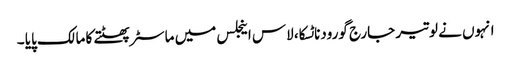
انہوں نے لوتیر جارج گورودناٹسکا، لاس اینجلس میں ماسٹر پھٹتے کا مالک پایا ۔